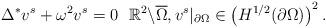
LaTeX: \begin{align*} \Delta^{\ast} v^{s} + \omega^{2} v^{s} = 0 \ \ \mathbb{R}^2 \backslash \overline{\Omega}, v^{s} |_{\partial \Omega}\in \left(H^{1/2}(\partial \Omega)\right)^2. \end{align*}